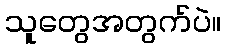
သူတွေအတွက်ပဲ။